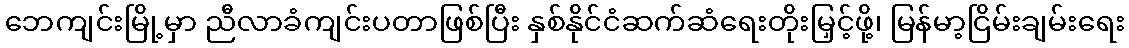
ဘေကျင်းမြို့မှာ ညီလာခံကျင်းပတာဖြစ်ပြီး နှစ်နိုင်ငံဆက်ဆံရေးတိုးမြှင့်ဖို့၊ မြန်မာ့ငြိမ်းချမ်းရေး